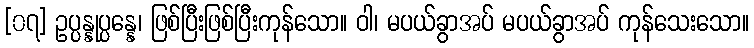
[၀၇] ဥပ္ပန္နုပ္ပန္နေ၊ ဖြစ်ပြီးဖြစ်ပြီးကုန်သော။ ဝါ၊ မပယ်ခွာအပ် မပယ်ခွာအပ် ကုန်သေးသော။